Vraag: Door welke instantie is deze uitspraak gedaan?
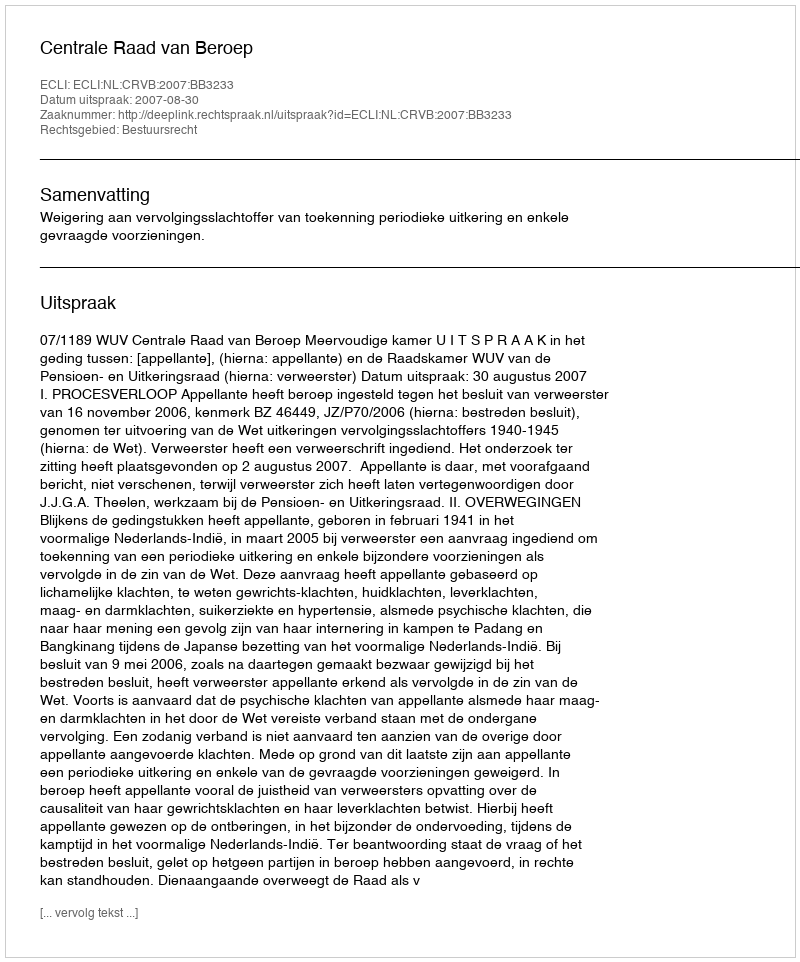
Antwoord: Centrale Raad van Beroep